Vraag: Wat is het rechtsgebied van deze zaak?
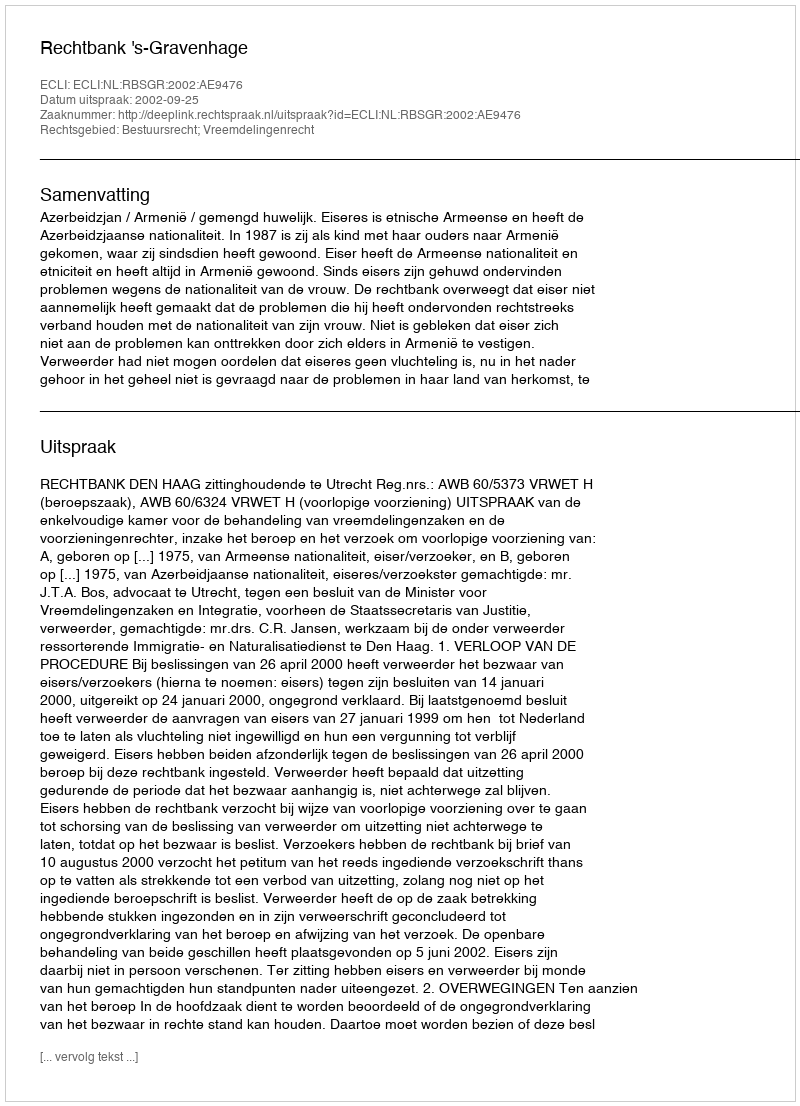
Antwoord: Bestuursrecht; Vreemdelingenrecht